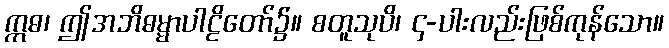
ဣဓ၊ ဤအဘိဓမ္မာပါဠိတော်၌။ စတူသုပိ၊ ၄-ပါးလည်းဖြစ်ကုန်သော။